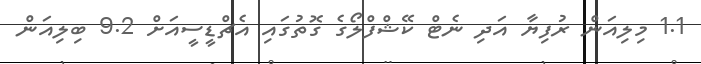
1.1 މިލިއަން ރުފިޔާ އަދި ނެޓް ކޭޝްފްލޯގެ ގޮތުގައި އެޗްޑީސީއަށް 9.2 ބިލިއަން